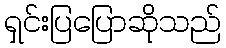
ရှင်းပြပြောဆိုသည်